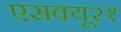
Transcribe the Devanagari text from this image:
एसक्यू२१